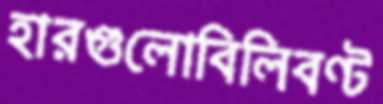
হারগুলোবিলিবণ্ট